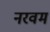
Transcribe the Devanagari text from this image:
नरवम